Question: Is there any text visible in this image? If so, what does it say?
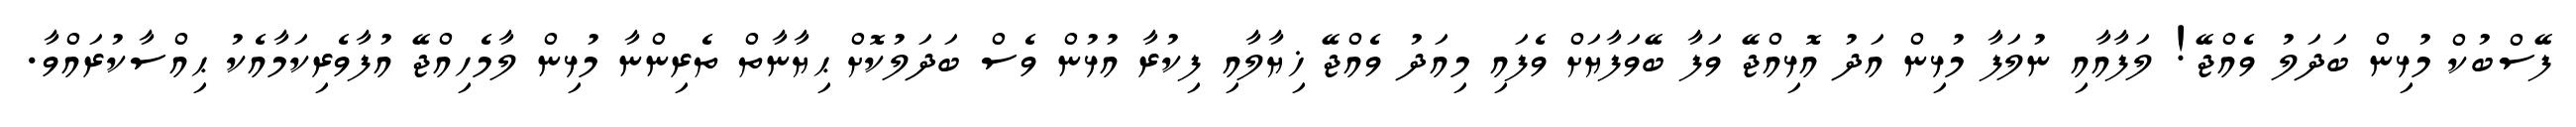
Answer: ފޭސްބުކް މުޅިން ބަދަލު ވެއްޖޭ! ލަފާއާއި ނުލަފާ މުޅިން އަދު އޮޅިއްޖޭ ވަފާ ބޭވަފާޔަށް ވެފައި މިއަދު ވެއްޖޭ ޚިޔާލާއި ފިކުރާ އުޅުން ވެސް ބަދަލުކޮށް ޙިޔާނާތް ތެރިންނާ މުޅިން ލާމެހިއްޖޭ އުފާވެރިކަމާއެކު ޙިއްސާކުރައްވާ.